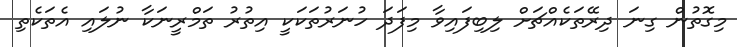
މިގޮތުން ގިނަ ދިރޭތަކެއްޗަށް ލިބިފައިވާ މިފަދަ ހުނަރުތަކަކީ އިތުރު ތަމްރީނަކާ ނުލައި އެތަކެތި